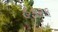
હફરક